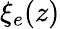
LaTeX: \xi_{e}(z)